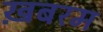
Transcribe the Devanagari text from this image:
ख़बरम